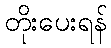
တိုးပေးရန်